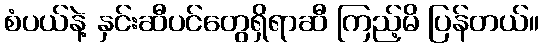
စံပယ်နဲ့ နှင်းဆီပင်တွေရှိရာဆီ ကြည့်မိ ပြန်တယ်။